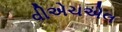
વીએચએલ